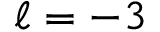
\ell = - 3